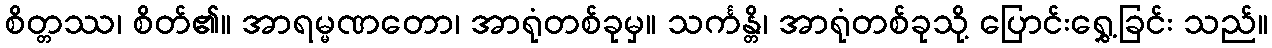
စိတ္တဿ၊ စိတ်၏။ အာရမ္မဏတော၊ အာရုံတစ်ခုမှ။ သင်္ကန္တိ၊ အာရုံတစ်ခုသို့ ပြောင်းရွှေ့ခြင်း သည်။